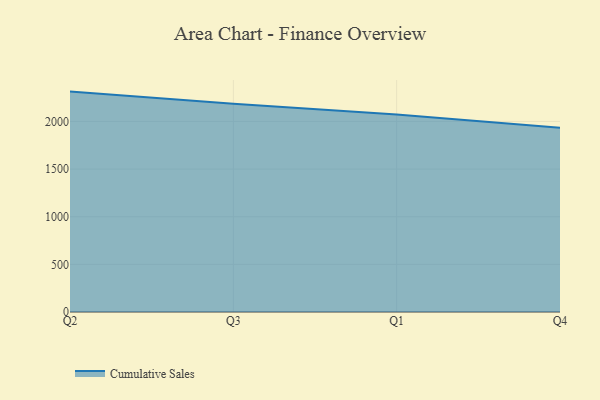
{"axis": {"x": "Quarter", "y": "Waste Production (Tons)"}, "legend": ["Cumulative Sales"], "data": [{"x": "Q2", "y": 2313.1, "type": "Cumulative Sales"}, {"x": "Q3", "y": 2185.7, "type": "Cumulative Sales"}, {"x": "Q1", "y": 2073.3, "type": "Cumulative Sales"}, {"x": "Q4", "y": 1932.9, "type": "Cumulative Sales"}]}